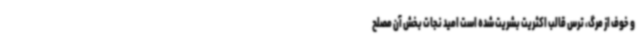
و خوف از مرگ، ترس قالب اکثریت بشریت شده است امید نجات بخش آن مصلح